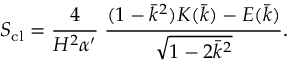
S _ { \mathrm { c l } } = \frac { 4 } { H ^ { 2 } \alpha ^ { \prime } } \; \frac { ( 1 - \bar { k } ^ { 2 } ) K ( \bar { k } ) - E ( \bar { k } ) } { \sqrt { 1 - 2 \bar { k } ^ { 2 } } } .